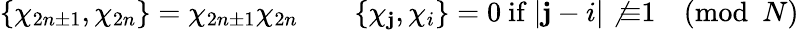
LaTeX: \{ \chi_{2n\pm1},\chi_{2n}\} =\chi_{2n\pm1}\chi_{2n}\qquad\{ \chi_{\mathbf{j}},\chi_{i}\} =0\mathrm{{~if~}}|\mathbf{j}-i|\not{\equiv}1\pmod{N}